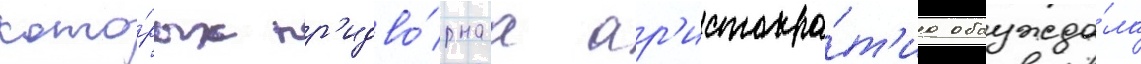
кото́рых пр'идво́рнаа ар'истокра́т'иа обсужда́ла